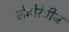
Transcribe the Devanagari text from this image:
लेबोरेट्रीज